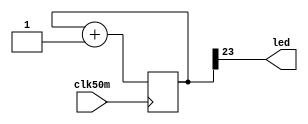
`timescale 1ns / 1ps
//
// George Smart, M1GEO
// Pi5-Artix50T-Hat Blinky LED Example Verilog
// March 2024
// https://github.com/m1geo/Pi5-Artix-FPGA-Hat
//

module top(
    input clk50m,
    output led
    );
    
    reg [23:0] counter;
    assign led = counter[23]; // (50 MHz)/(2^(23+1)) = 2.9 Hz
    
    // Run the counter at 50 MHz
    always @ (posedge clk50m) begin
        counter <= counter + 1'b1;
    end
    
endmodule